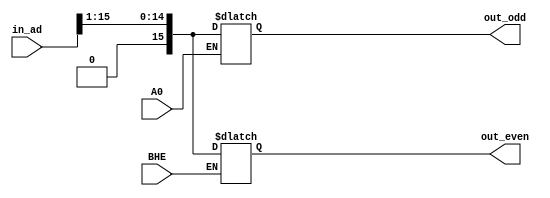
module ad_control(BHE, A0, in_ad, out_odd, out_even);

input BHE, A0;
input[15:0] in_ad;
output reg[15:0] out_odd, out_even;

always @(BHE)
begin
	if(~BHE)
		begin out_even<= in_ad>>1; end
end

always @(A0)
begin
	// out_odd<={1'b0, in_ad[15:9]};
	if (~A0)
		begin out_odd<=in_ad>>1; end
end

endmodule